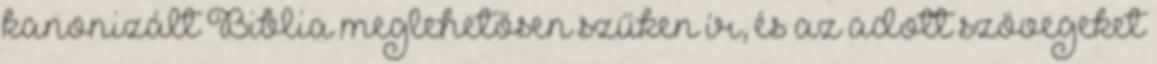
kanonizált Biblia meglehetősen szűken ír, és az adott szövegeket